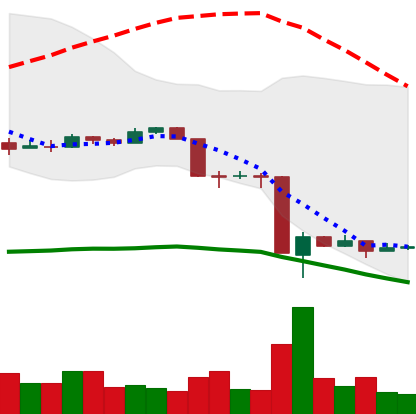
Ticker: EOS-USD
Chart end date: 2020-03-18
Forward return: 16.946%
Label: up_7plus